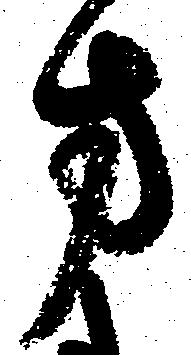
方